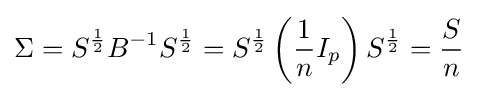
\Sigma =S^{\frac {1}{2}}B^{-1}S^{\frac {1}{2}}=S^{\frac {1}{2}}\left({\frac {1}{n}}I_{p}\right)S^{\frac {1}{2}}={\frac {S}{n}}